画像に写った文字を読んでください
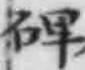
「碑」と書いてあります